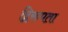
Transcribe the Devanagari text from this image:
द्विरुपता